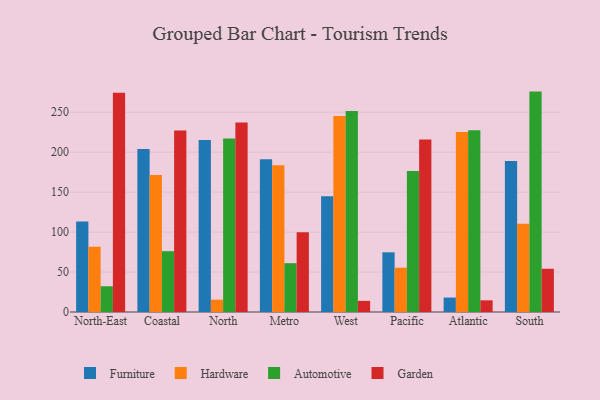
{"axis": {"x": "Region", "y": "Active Users"}, "legend": ["Automotive", "Furniture", "Garden", "Hardware"], "data": [{"x": "North-East", "y": 113.1, "type": "Furniture"}, {"x": "North-East", "y": 81.7, "type": "Hardware"}, {"x": "North-East", "y": 32.2, "type": "Automotive"}, {"x": "North-East", "y": 274.5, "type": "Garden"}, {"x": "Coastal", "y": 203.9, "type": "Furniture"}, {"x": "Coastal", "y": 171.4, "type": "Hardware"}, {"x": "Coastal", "y": 76.1, "type": "Automotive"}, {"x": "Coastal", "y": 227.1, "type": "Garden"}, {"x": "North", "y": 215.3, "type": "Furniture"}, {"x": "North", "y": 15.4, "type": "Hardware"}, {"x": "North", "y": 217.1, "type": "Automotive"}, {"x": "North", "y": 237.0, "type": "Garden"}, {"x": "Metro", "y": 191.1, "type": "Furniture"}, {"x": "Metro", "y": 183.7, "type": "Hardware"}, {"x": "Metro", "y": 61.1, "type": "Automotive"}, {"x": "Metro", "y": 99.8, "type": "Garden"}, {"x": "West", "y": 144.8, "type": "Furniture"}, {"x": "West", "y": 245.2, "type": "Hardware"}, {"x": "West", "y": 251.6, "type": "Automotive"}, {"x": "West", "y": 13.9, "type": "Garden"}, {"x": "Pacific", "y": 74.7, "type": "Furniture"}, {"x": "Pacific", "y": 55.4, "type": "Hardware"}, {"x": "Pacific", "y": 176.4, "type": "Automotive"}, {"x": "Pacific", "y": 216.0, "type": "Garden"}, {"x": "Atlantic", "y": 18.1, "type": "Furniture"}, {"x": "Atlantic", "y": 225.4, "type": "Hardware"}, {"x": "Atlantic", "y": 227.3, "type": "Automotive"}, {"x": "Atlantic", "y": 14.6, "type": "Garden"}, {"x": "South", "y": 189.0, "type": "Furniture"}, {"x": "South", "y": 110.5, "type": "Hardware"}, {"x": "South", "y": 275.8, "type": "Automotive"}, {"x": "South", "y": 54.1, "type": "Garden"}]}